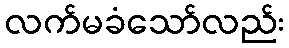
လက်မခံသော်လည်း